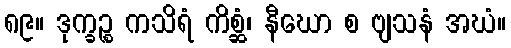
၈၉။ ဒုက္ခဉ္စ ကသိရံ ကိစ္ဆံ၊ နီဃော စ ဗျသနံ အဃံ။